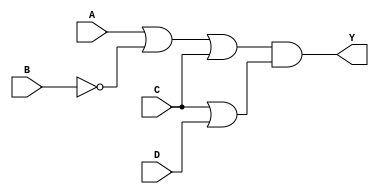
module pos_simplification (
    input wire A,
    input wire B,
    input wire C,
    input wire D,
    output wire Y
);

// Define the sum terms based on the given inputs
wire sum_term1; // Example sum term (A + B' + C)
wire sum_term2; // Example sum term (C + D)

// Implement the sum terms using OR operations
assign sum_term1 = A | (~B) | C; // (A + B' + C)
assign sum_term2 = C | D;        // (C + D)

// Implement the Product of Sums using AND operation
assign Y = sum_term1 & sum_term2; // ((A + B')(C + D))

endmodule